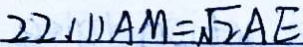
2 2 ( 1 ) A M = \sqrt { 2 } A E